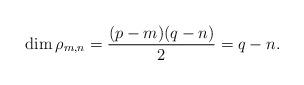
LaTeX: \begin{align*}\dim\rho_{m,n}=\frac{(p-m)(q-n)}{2}=q-n.\end{align*}